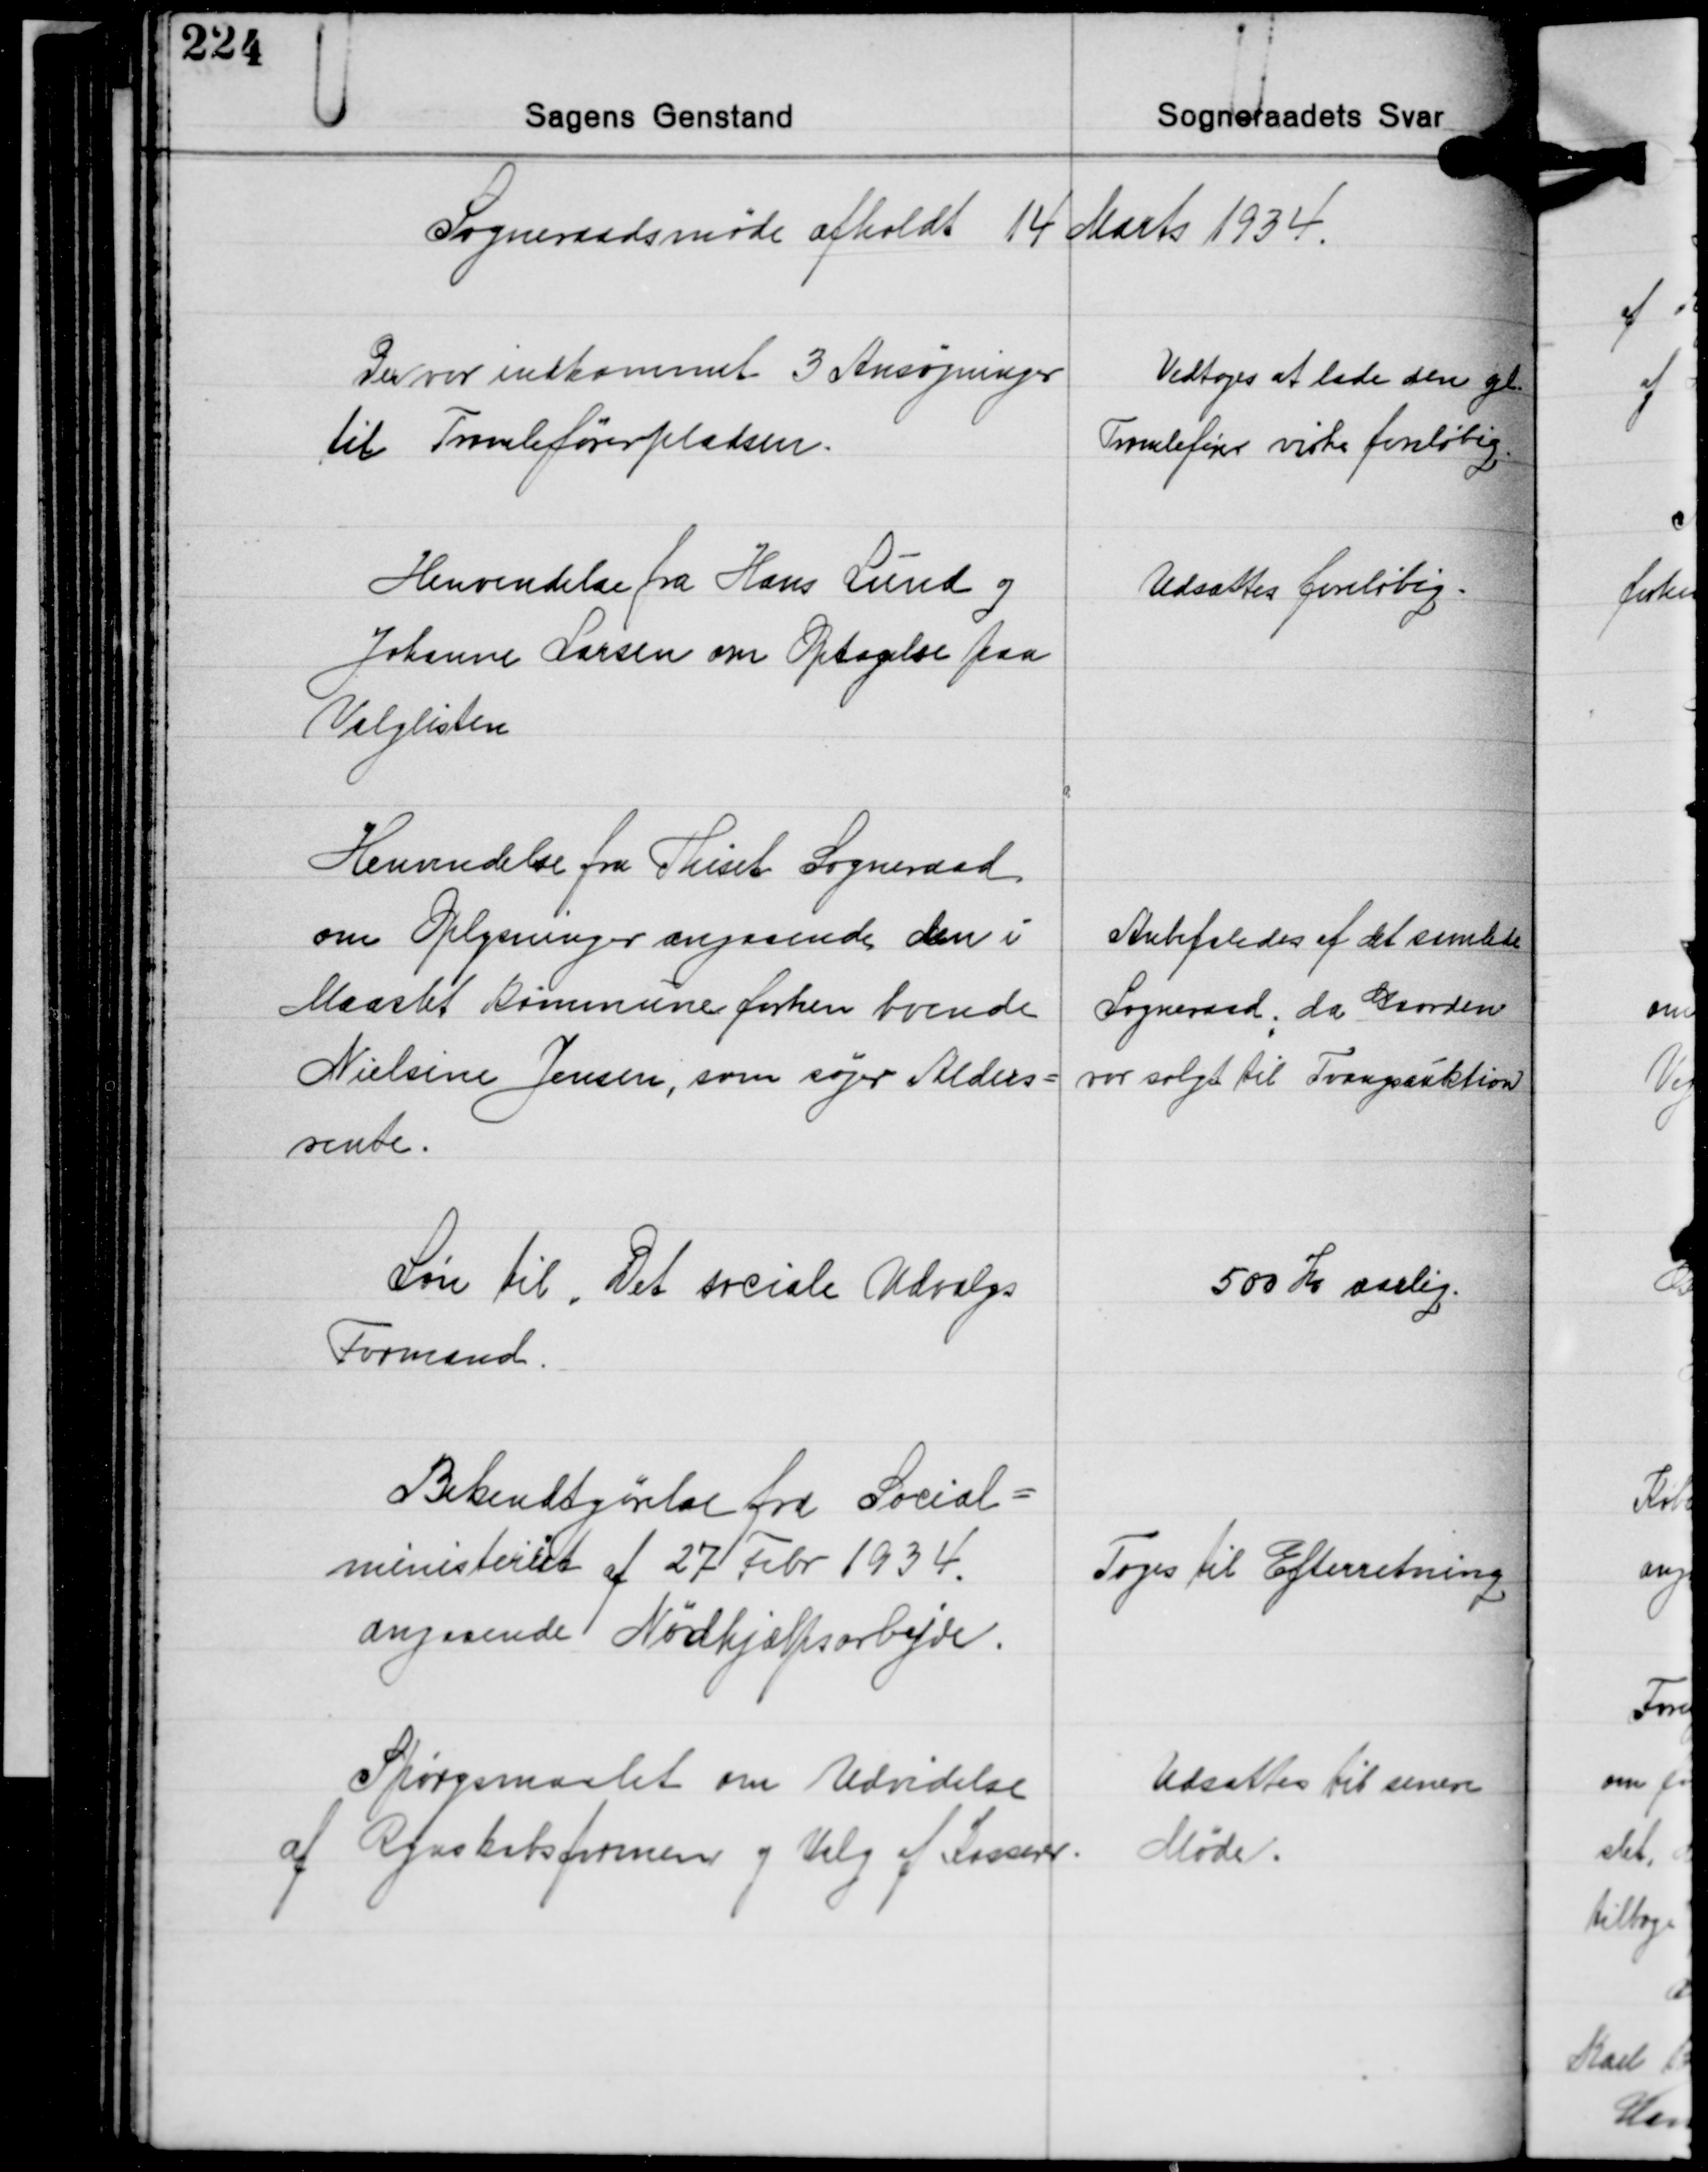
Transskription:
Sogneraadsmøde afholdt 14 Marts 1934.

Der var indkommet 3 Ansøgninger
til Tromleførerpladsen.

Vedtoges at lade den gl.
Tromlefører virke foreløbig

Henvendelse fra Hans Lund og
Johanne Larsen om Optagelse paa
Valglisten

Udsattes foreløbig.

Henvendelse fra Thiset Sogneraad
om Oplysninger angaaende den i
Maaslet Kommune forhen boende
Nielsine Jensen, som søger Alders-
rente.

Anbefaledes af det samlede
Sogneraad, da Gaarden
var solgt til Tvangsauktion

Løn til Det sociale Udvalgs
Formand.

500 Kr. aarlig.

Bekendtgørelse fra Social-
ministeriet af 27 Febr. 1934
angaaende Nødhjælpsarbejde.

Toges til Efterretning

Spørgsmaalet om Udvidelse
af Regnskabsformen og Valg af Kassere.

Udsættes til senere
Møde.